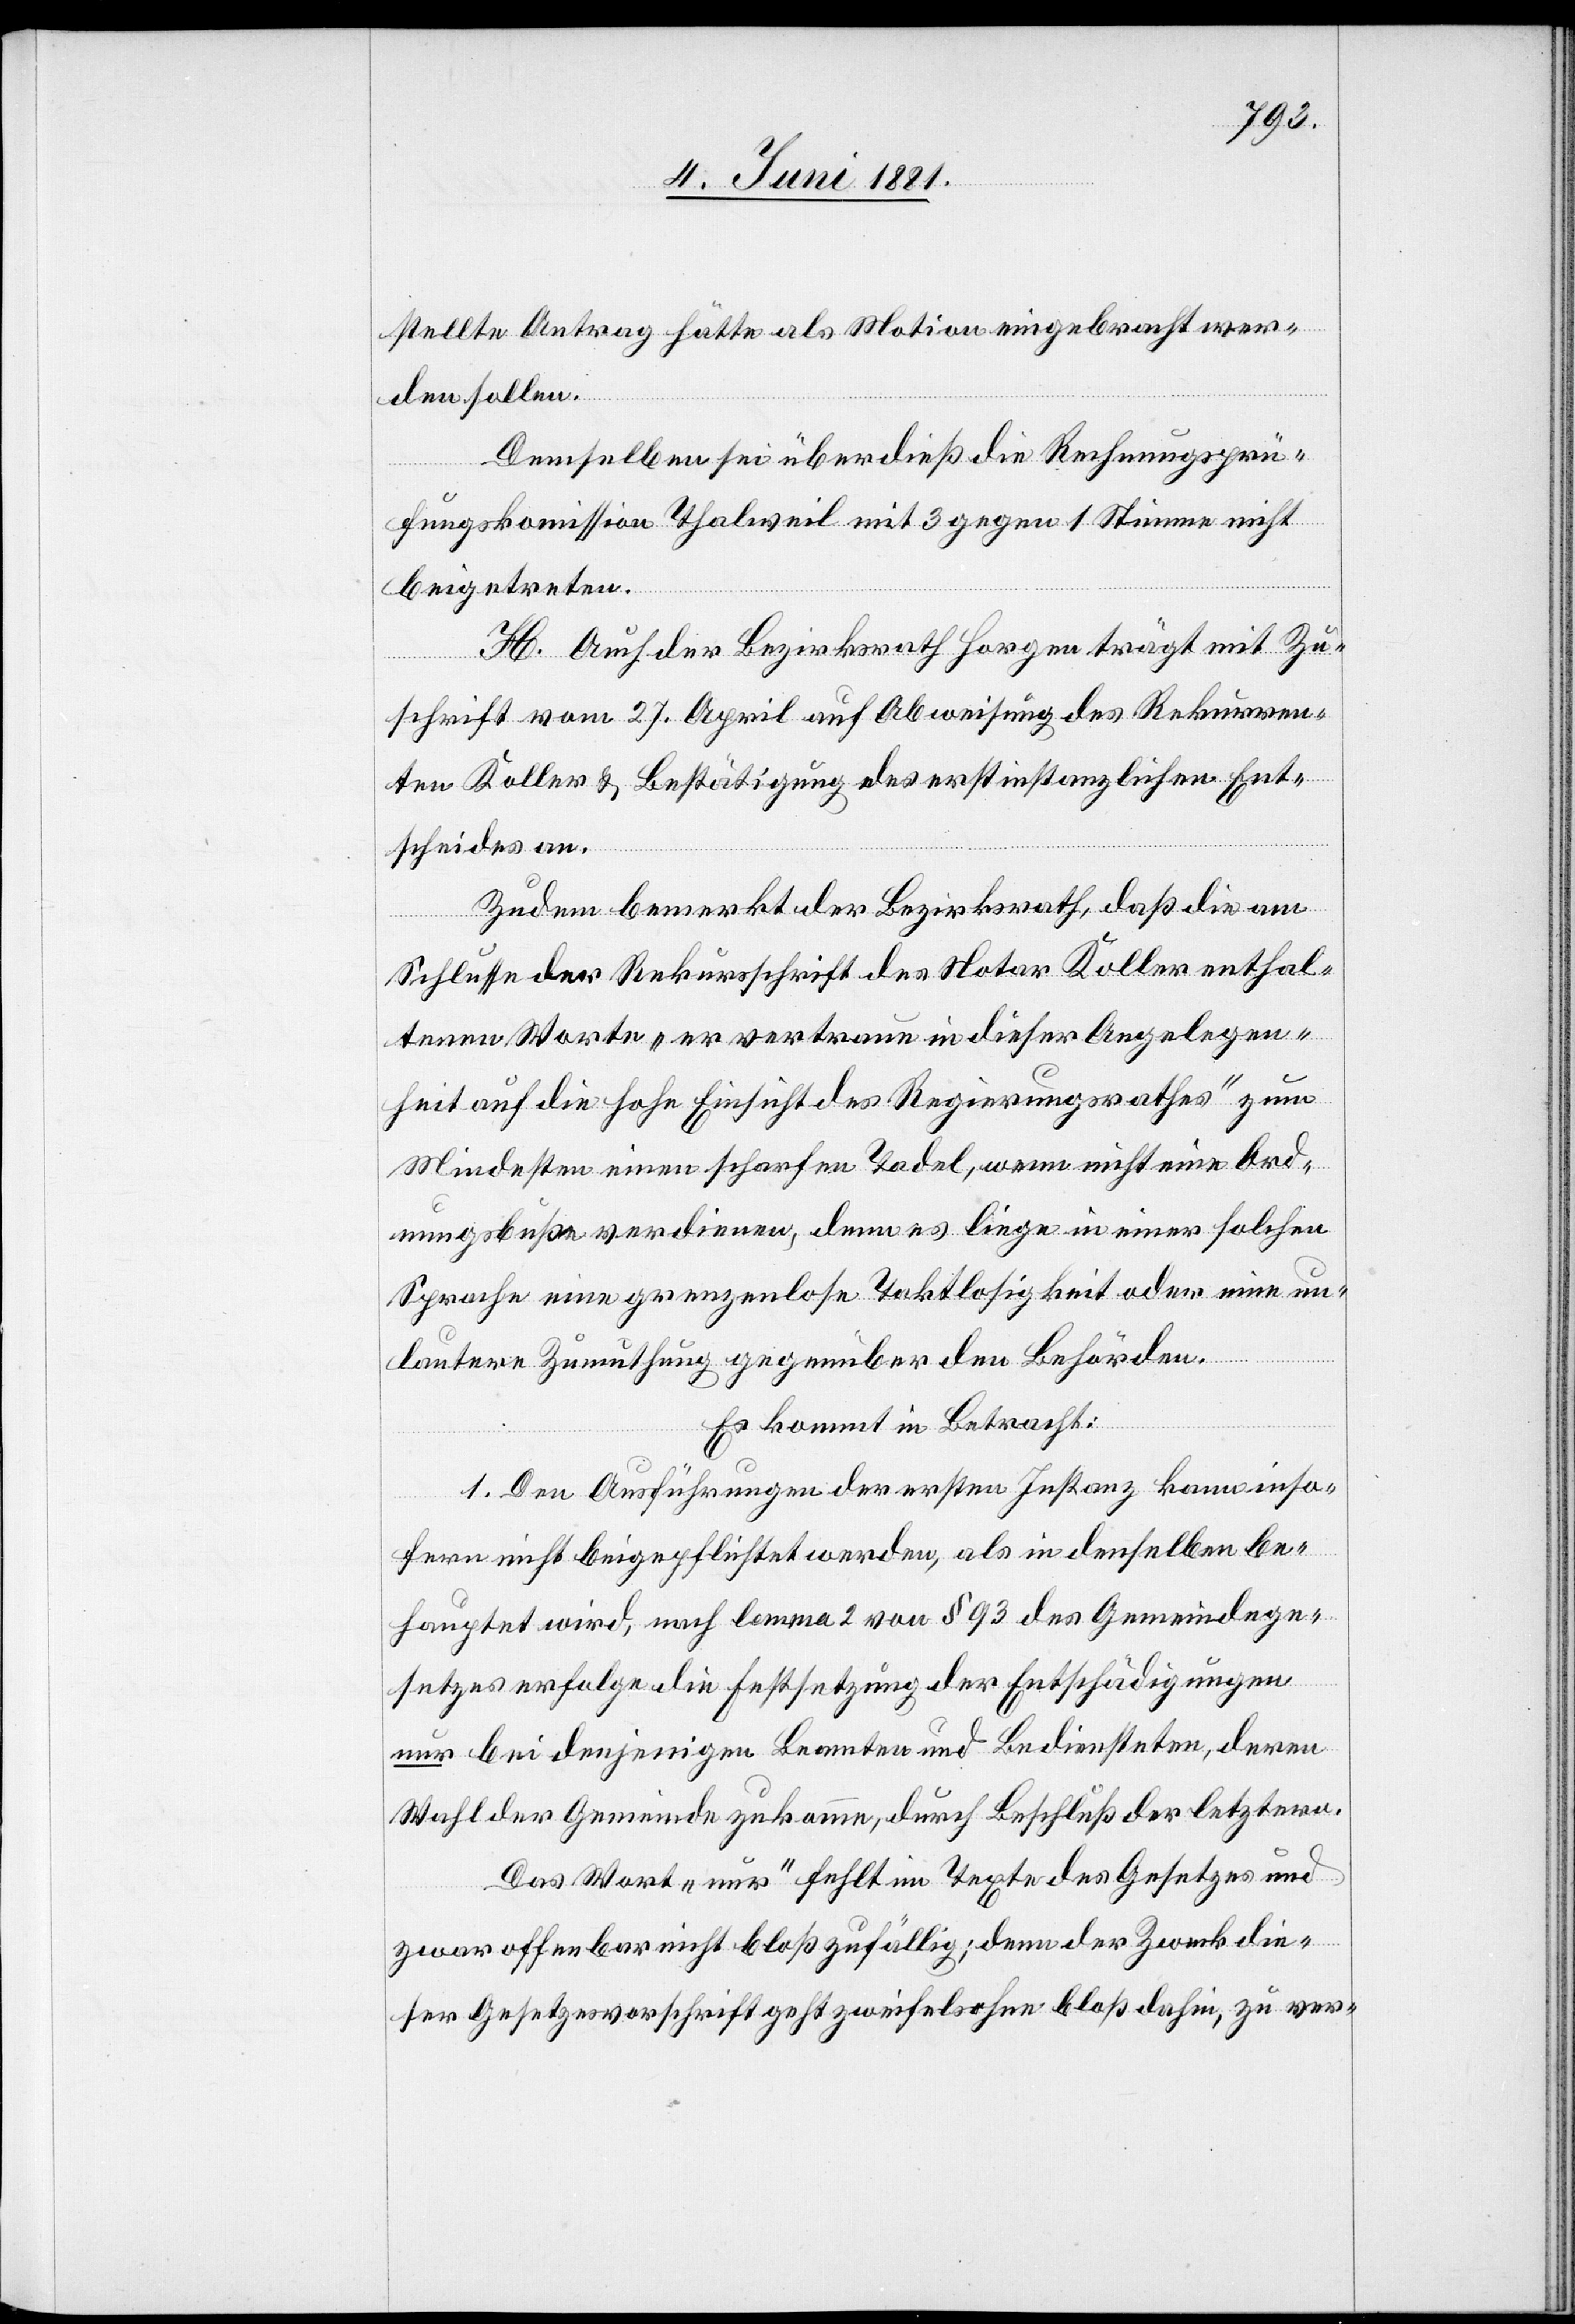
stellte Antrag hätte als Motion eingebracht wer¬
den sollen.
Demselben sei überdieß die Rechnungsprü¬
fungskomission Thalweil mit 3 gegen 1 Stimme nicht
beigetreten.
H. Auch der Bezirksrath Horgen trägt mit Zu¬
schrift vom 27. April auf Abweisung des Rekurren¬
ten Koller & Bestätigung des erstinstanzlichen Ent¬
scheides an.
Zudem bemerkt der Bezirksrath, daß die am
Schlusse der Rekursschrift des Notar Koller enthal¬
tenen Worte „er vertraue in dieser Angelegen¬
heit auf die hohe Einsicht des Regierungsrathes“ zum
Mindesten einen scharfen Tadel, wenn nicht eine Ord¬
nungsbuße verdienen, denn es liege in einer solchen
Sprache eine grenzenlose Taktlosigkeit oder eine un¬
lautere Zumuthung gegenüber den Behörden.
Es kommt in Betracht:
1. Den Ausführungen der ersten Instanz kann inso¬
fern nicht beigepflichtet werden, als in denselben be¬
hauptet wird, nach lemma 2 von § 93 des Gemeindege¬
setzes erfolge die Festsetzung der Entschädigungen
nur bei denjenigen Beamten und Bediensteten, deren
Wahl der Gemeinde zukomme, durch Beschluß der letztern.
Das Wort „nur“ fehlt im Texte des Gesetzes und
zwar offenbar nicht bloß zufällig; denn der Zweck die¬
ser Gesetzesvorschrift geht zweifelsohne bloß dahin, zu ver-